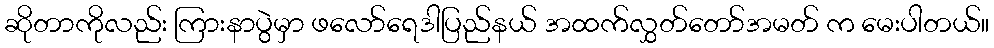
ဆိုတာကိုလည်း ကြားနာပွဲမှာ ဖလော်ရေဒါပြည်နယ် အထက်လွှတ်တော်အမတ် က မေးပါတယ်။